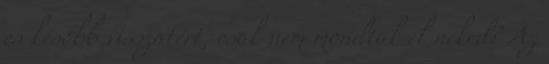
és később visszatért, csak nem mondták el neked? Az